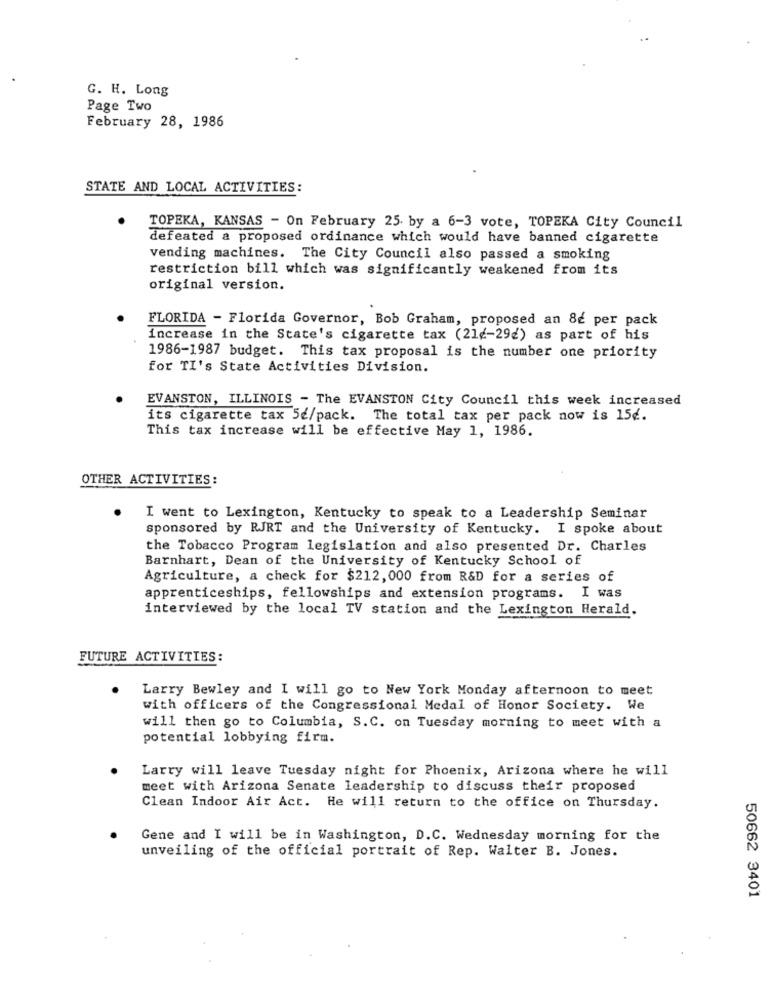
G. H. Long
Page Two
February 28, 1986
STATE AND LOCAL ACTIVITIES:
TOPEKA, KANSAS - On February 25 by a 6-3 vote, TOPEKA City Council
defeated a proposed ordinance which would have banned cigarette
vending machines. The City Council also passed a smoking
restriction bill which was significantly weakened from its
original version.
FLORIDA - Florida Governor, Bob Graham, proposed an 86 per pack
increase in the State's cigarette tax (21¢-292) as part of his
1986-1987 budget. This tax proposal is the number one priority
for TI's State Activities Division.
EVANSTON, ILLINOIS - The EVANSTON City Council this week increased
its cigarette tax 5€/pack. The total tax per pack now is 15€.
This tax increase will be effective May 1, 1986.
OTHER ACTIVITIES:
I went to Lexington, Kentucky to speak to a Leadership Seminar
sponsored by RJRT and the University of Kentucky. I spoke about
the Tobacco Program legislation and also presented Dr. Charles
Barnhart, Dean of the University of Kentucky School of
Agriculture, a check for $212, 000 from R&D for a series of
apprenticeships, fellowships and extension programs. I was
interviewed by the local TV station and the Lexington Herald.
FUTURE ACTIVITIES:
Larry Bewley and I will go to New York Monday afternoon to meet
with officers of the Congressional Medal of Honor Society. We
will then go to Columbia, S.C. on Tuesday morning to meet with a
potential lobbying firm.
Larry will leave Tuesday night for Phoenix, Arizona where he will
meet with Arizona Senate leadership to discuss their proposed
Clean Indoor Air Act. He will return to the office on Thursday.
Gene and I will be in Washington, D.C. Wednesday morning for the
unveiling of the official portrait of Rep. Walter B. Jones.
50662 3401